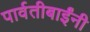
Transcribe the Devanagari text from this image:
पार्वतीबाईंनी